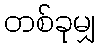
တစ်ခုမျှ